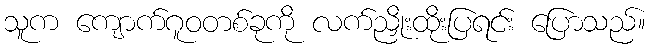
သူက ကျောက်ဂူဝတစ်ခုကို လက်ညှိုးထိုးပြရင်း ပြောသည်။